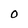
Character: O